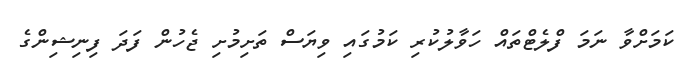
ކަމަށްވާ ނަމަ ފްލެޓްތައް ހަވާލުކުރި ކަމުގައި ވިޔަސް ތަށިމުށި ޖެހުން ފަދަ ފިނިޝިންގެ